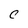
Character: C